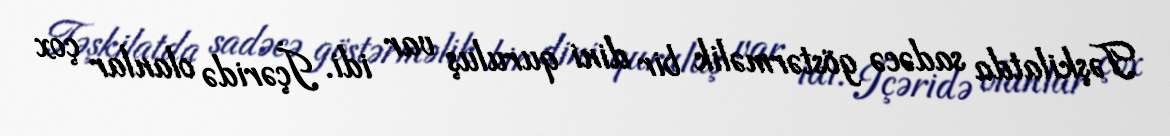
Təşkilatda sadəcə göstərməlik bir dini quruluş var idi. İçəridə olanlar çox